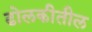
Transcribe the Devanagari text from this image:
ढोलकीतील